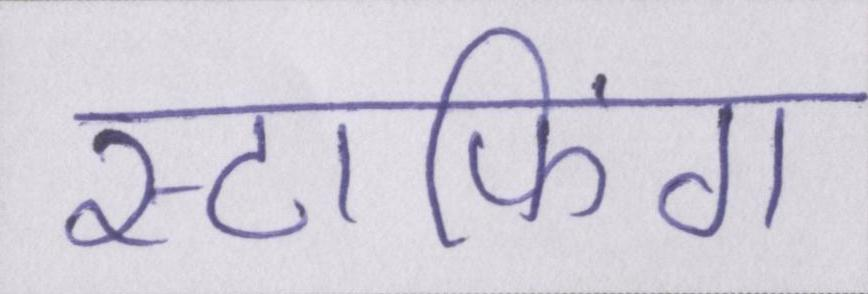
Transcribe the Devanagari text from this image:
स्टाफिंग